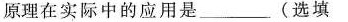
原理在实际中的应用是______(选填